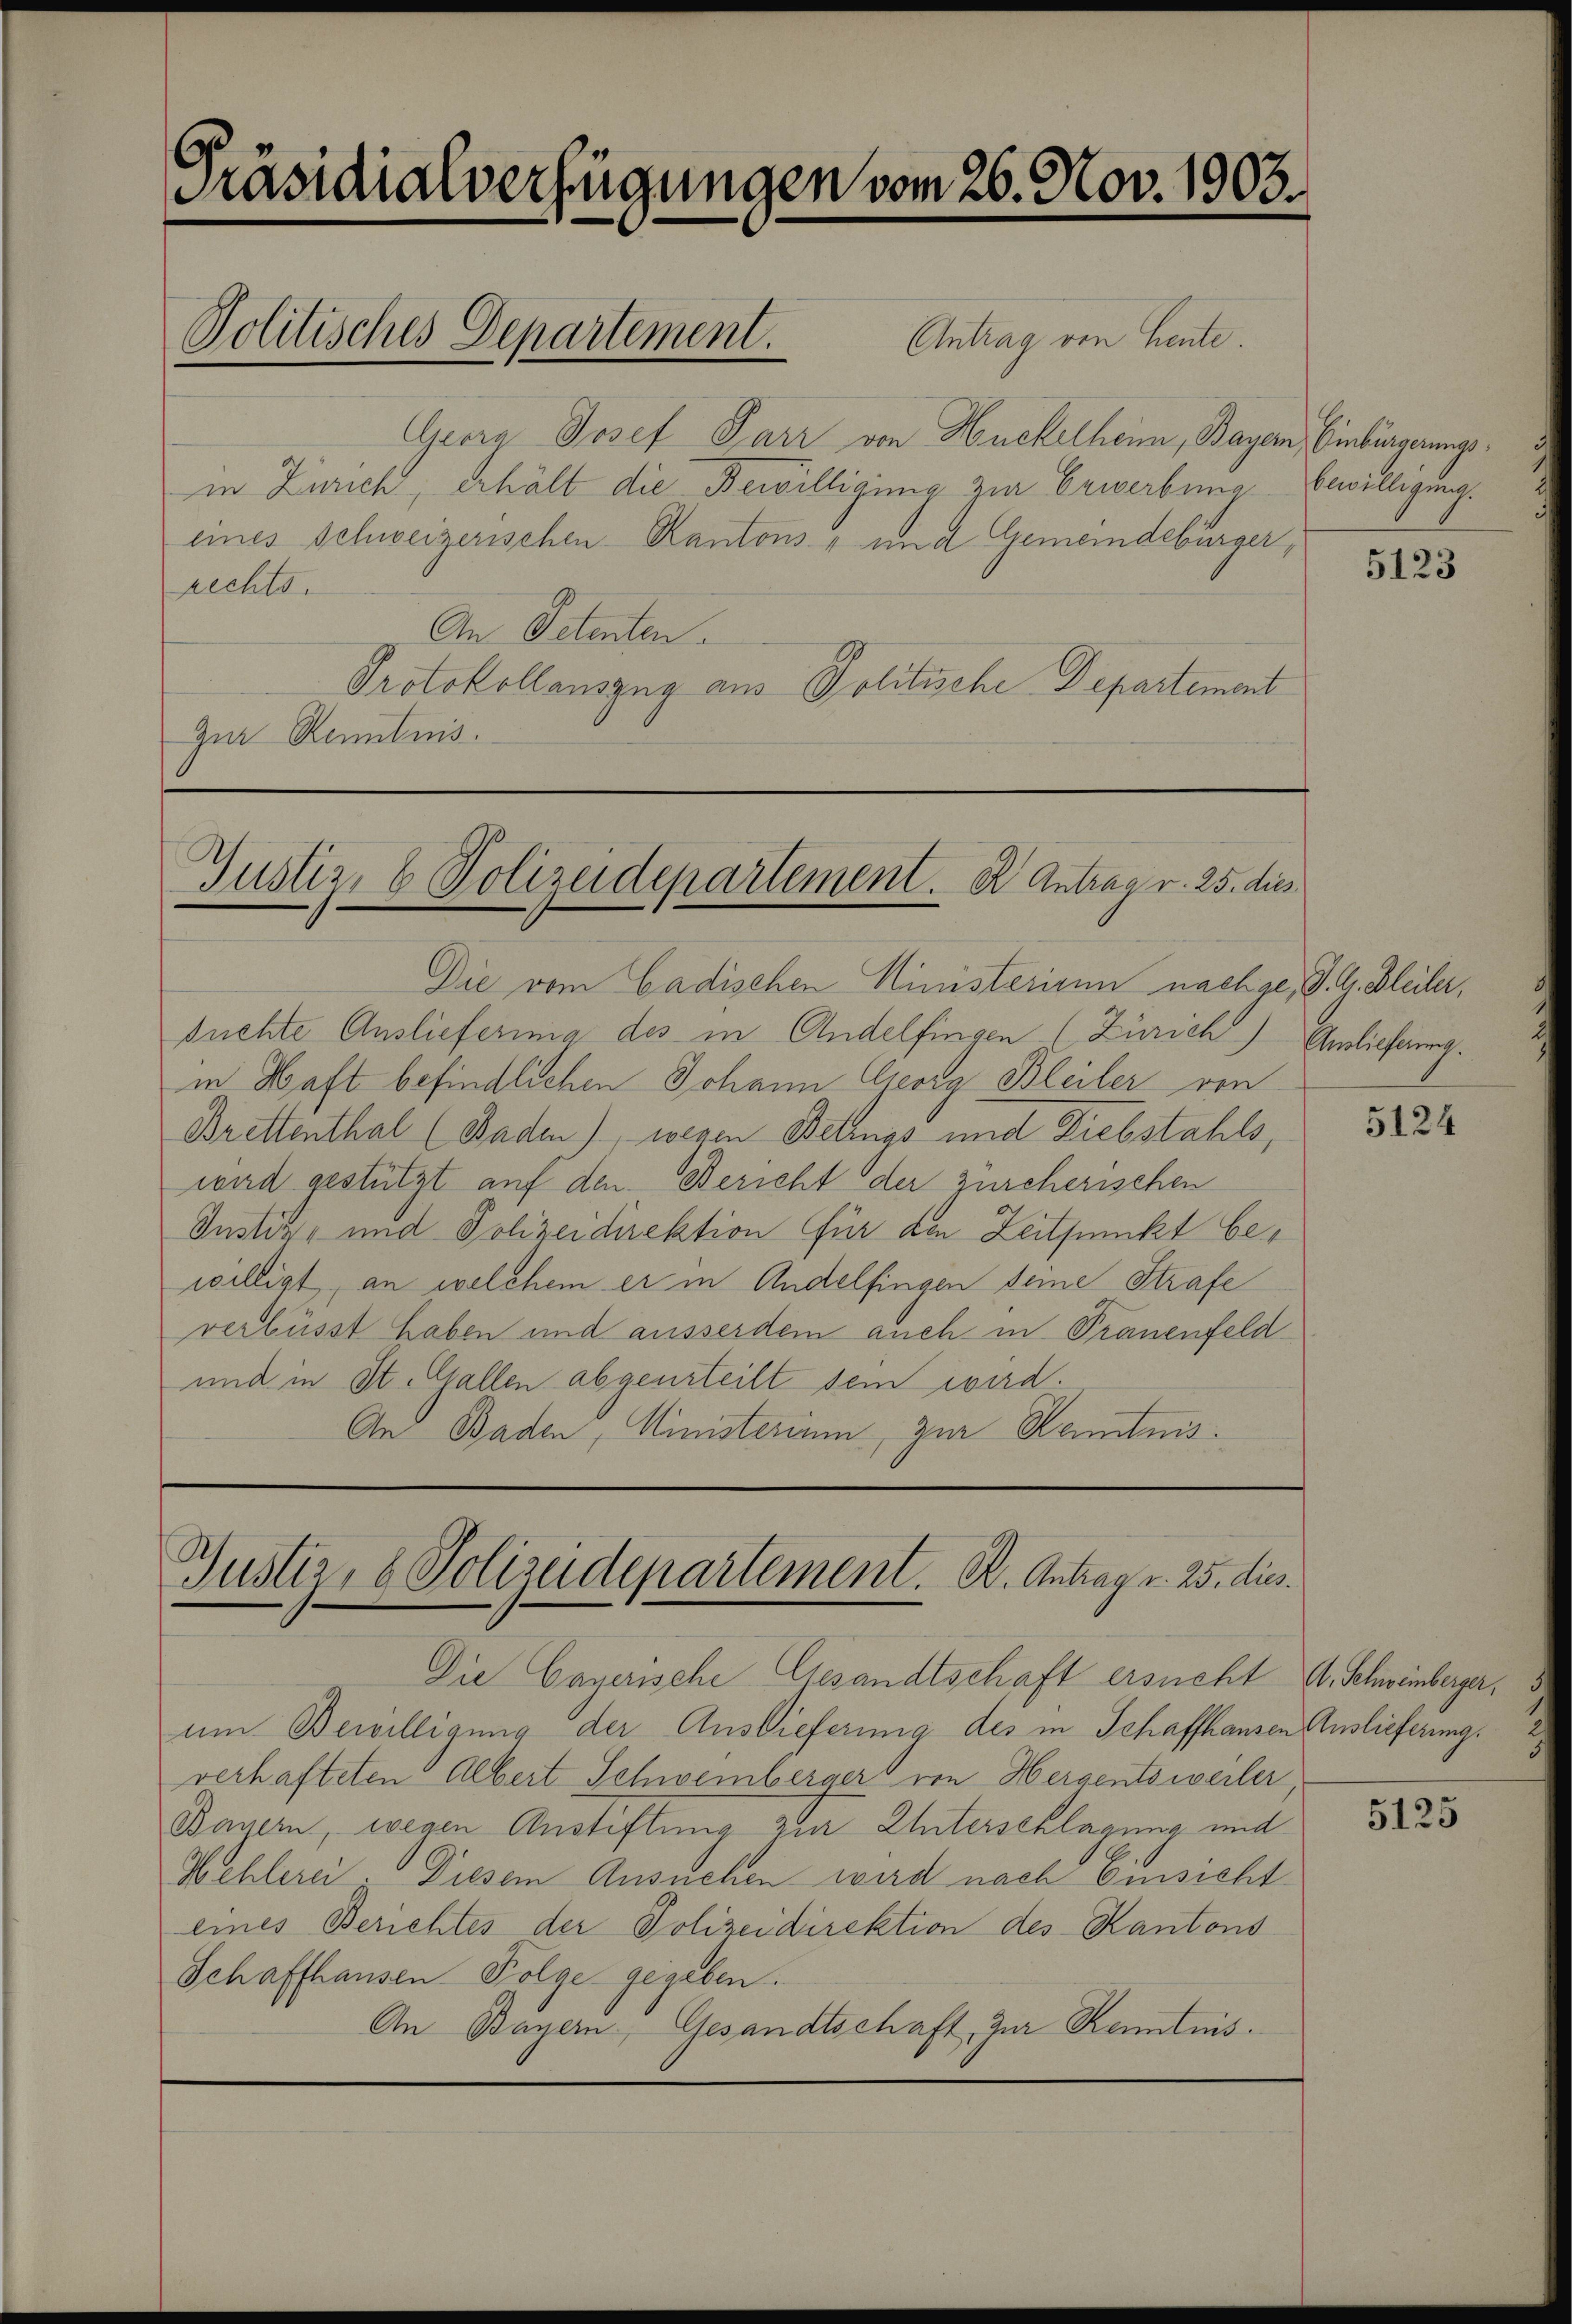
.
Präsidialverfügungen vom 26. Nov. 1903.
Antrag von heute.
Politisches Departement.

Georg Josef Parr von Huckelheim, Bayern, Einbürgerungsin Zürich, erhält die Bewilligung zur Erwerbung bewilligung.
eines Schweizerischen Kantons - und Gemeindebürger,
rechts.
An Petenten.
Protokollauszug aus Politische Departement
Zur Kenntnis.

Justiz- & Polizeidepartement. K. Antrag v. 25. dies

Die vom Badischen Ministerium nachge, d. G. Bleiber,
suchte Auslieferina des in Andelfingen (Zürich)
in Haft befindlichen Johann Georg Bleiler von
Brettenthal (Baden), wegen Bettings und Diebstahls,
wird gestützt auf den Bericht der zürcherischen
Justiz- und Polizeidirektion für den Zeitpunkt bewilligt, an welchem er in Andelfingen seine Strafe
verbüsst haben und ausserdem auch in Trauenfeld
und in St. Gallen abgeurteilt sein wird.
An Baden, Ministerium, zur Kenntnis.

Gustiz- & Polizeidepartement. B. Antrag v. 25. dies

Die Cayerische Gesandtschaft ersucht (s. Schweinberger,
um Bewilligung der Auslieferung des in Schaffhausen Auslieferung.
verhafteten Albert Schweinberger von Hergentsweiler,
Bauern, wegen Anstiftung zur Unterschlagung und
Hehlerei. Diesem Ansuchen wird nach Einsicht
eines Berichtes der Polizeidirektion des Kantons
Schaffhausen Folge gegeben.
An Bayern, Gesandtschaft, zur Kenntnis.

5123

Auslieferung.

5124

5125